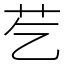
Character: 䒗